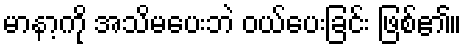
မာနာ့ကို အသိမပေးဘဲ ဝယ်ပေးခြင်း ဖြစ်၏။